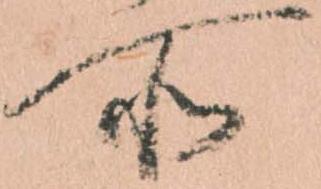
所